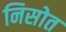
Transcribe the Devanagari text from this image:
निसोत